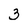
Character: 3